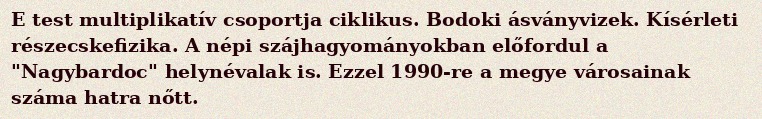
E test multiplikatív csoportja ciklikus. Bodoki ásványvizek. Kísérleti részecskefizika. A népi szájhagyományokban előfordul a "Nagybardoc" helynévalak is. Ezzel 1990-re a megye városainak száma hatra nőtt.